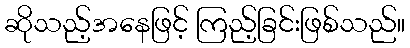
ဆိုသည့်အနေဖြင့် ကြည့်ခြင်းဖြစ်သည်။